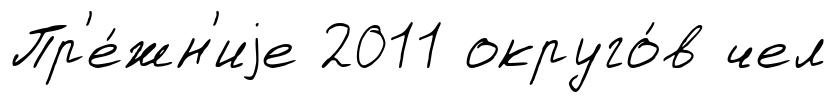
Пр'е́жн'иjе 2011 округо́в чел